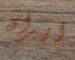
ايران